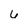
Character: 6